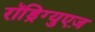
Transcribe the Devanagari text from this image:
रॉड्रिग्युएज़